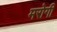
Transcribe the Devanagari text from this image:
मरोगी